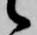
候